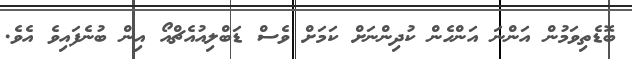
ބޮޑެތިވަމުން އަންނަ އަންހެން ކުދިންނަށް ކަމަށް ވެސް ޑަބްލިއުއެޗްއޯ އިން ބުނެފައިވެ އެވެ.